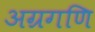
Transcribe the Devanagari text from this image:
अग्रगणि